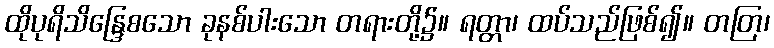
ထိုပုရိသိန္ဒြေစသော ခုနစ်ပါးသော တရားတို့၌။ ရတ္တာ၊ ထပ်သည်ဖြစ်၍။ တတြ၊